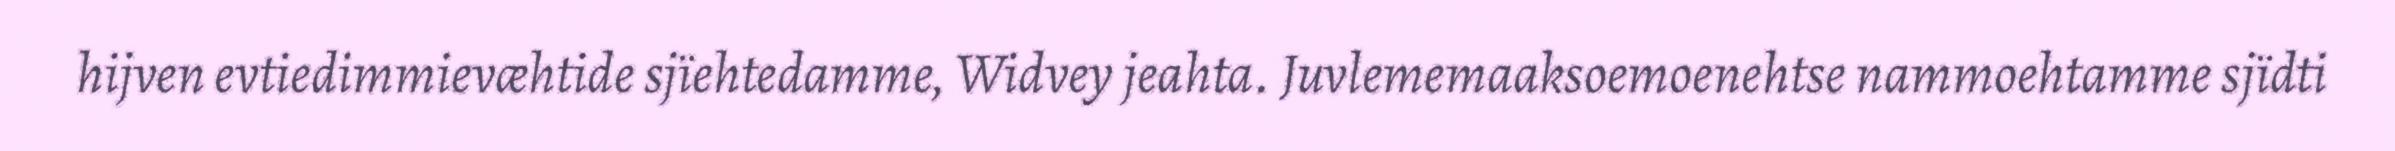
hijven evtiedimmievæhtide sjïehtedamme, Widvey jeahta. Juvlememaaksoemoenehtse nammoehtamme sjïdti